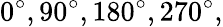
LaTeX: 0^{\circ},90^{\circ},180^{\circ},270^{\circ},